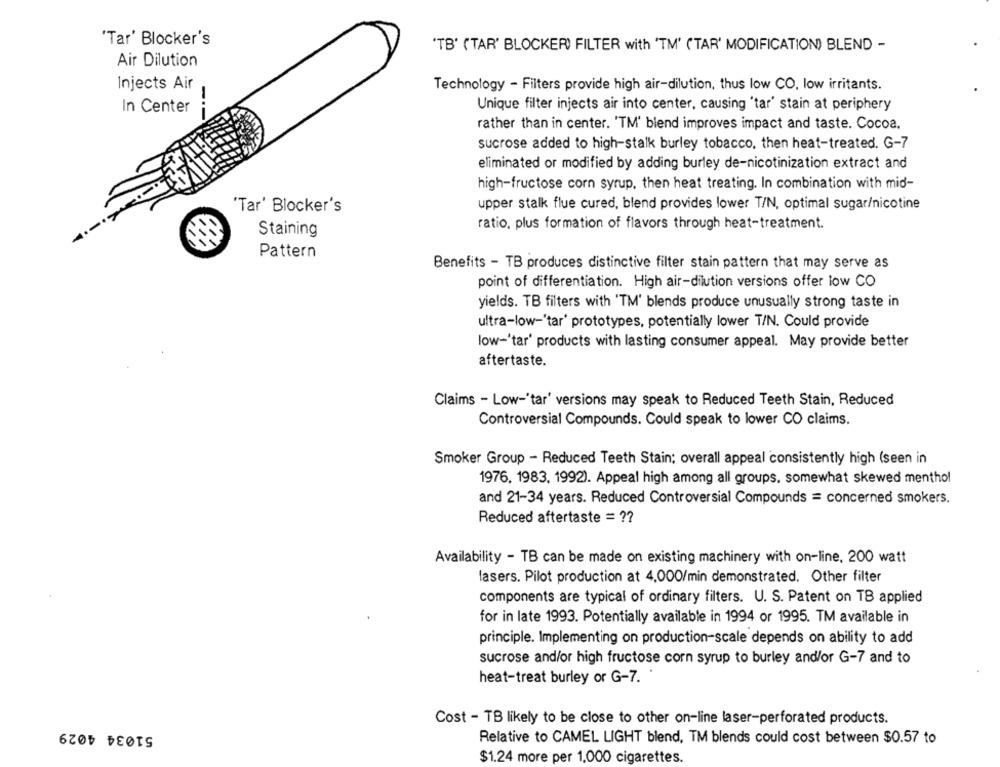
'Tar' Blocker's
'TB' ('TAR' BLOCKER) FILTER with 'TM' ('TAR' MODIFICATION) BLEND -
Air Dilution
Injects Air
Technology - Filters provide high air-dilution, thus low CO, low irritants.
-
Unique filter injects air into center, causing 'tar' stain at periphery
In Center
rather than in center. 'TM' blend improves impact and taste. Cocoa.
sucrose added to high-stalk burley tobacco, then heat-treated. G-7
eliminated or modified by adding burley de-nicotinization extract and
high-fructose corn syrup, then heat treating. In combination with mid-
upper stalk flue cured, blend provides lower T/N, optimal sugar/nicotine
'Tar' Blocker's
ratio, plus formation of flavors through heat-treatment.
Staining
Pattern
Benefits - TB produces distinctive filter stain pattern that may serve as
point of differentiation. High air-dilution versions offer low CO
yields. TB filters with 'TM' blends produce unusually strong taste in
ultra-low-'tar' prototypes, potentially lower T/N. Could provide
low-'tar' products with lasting consumer appeal. May provide better
aftertaste.
Claims - Low-'tar' versions may speak to Reduced Teeth Stain, Reduced
Controversial Compounds. Could speak to lower CO claims.
Smoker Group - Reduced Teeth Stain; overall appeal consistently high (seen in
1976, 1983, 1992). Appeal high among all groups. somewhat skewed menthol
and 21-34 years. Reduced Controversial Compounds = concerned smokers.
Reduced aftertaste = ??
Availability - TB can be made on existing machinery with on-line. 200 watt
lasers. Pilot production at 4,000/min demonstrated. Other filter
components are typical of ordinary filters. U. S. Patent on TB applied
for in late 1993. Potentially available in 1994 or 1995. TM available in
principle. Implementing on production-scale depends on ability to add
sucrose and/or high fructose corn syrup to burley and/or G-7 and to
heat-treat burley or G-7.
Cost - TB likely to be close to other on-line laser-perforated products.
51034 4029
Relative to CAMEL LIGHT blend, TM blends could cost between $0.57 to
$1.24 more per 1,000 cigarettes.